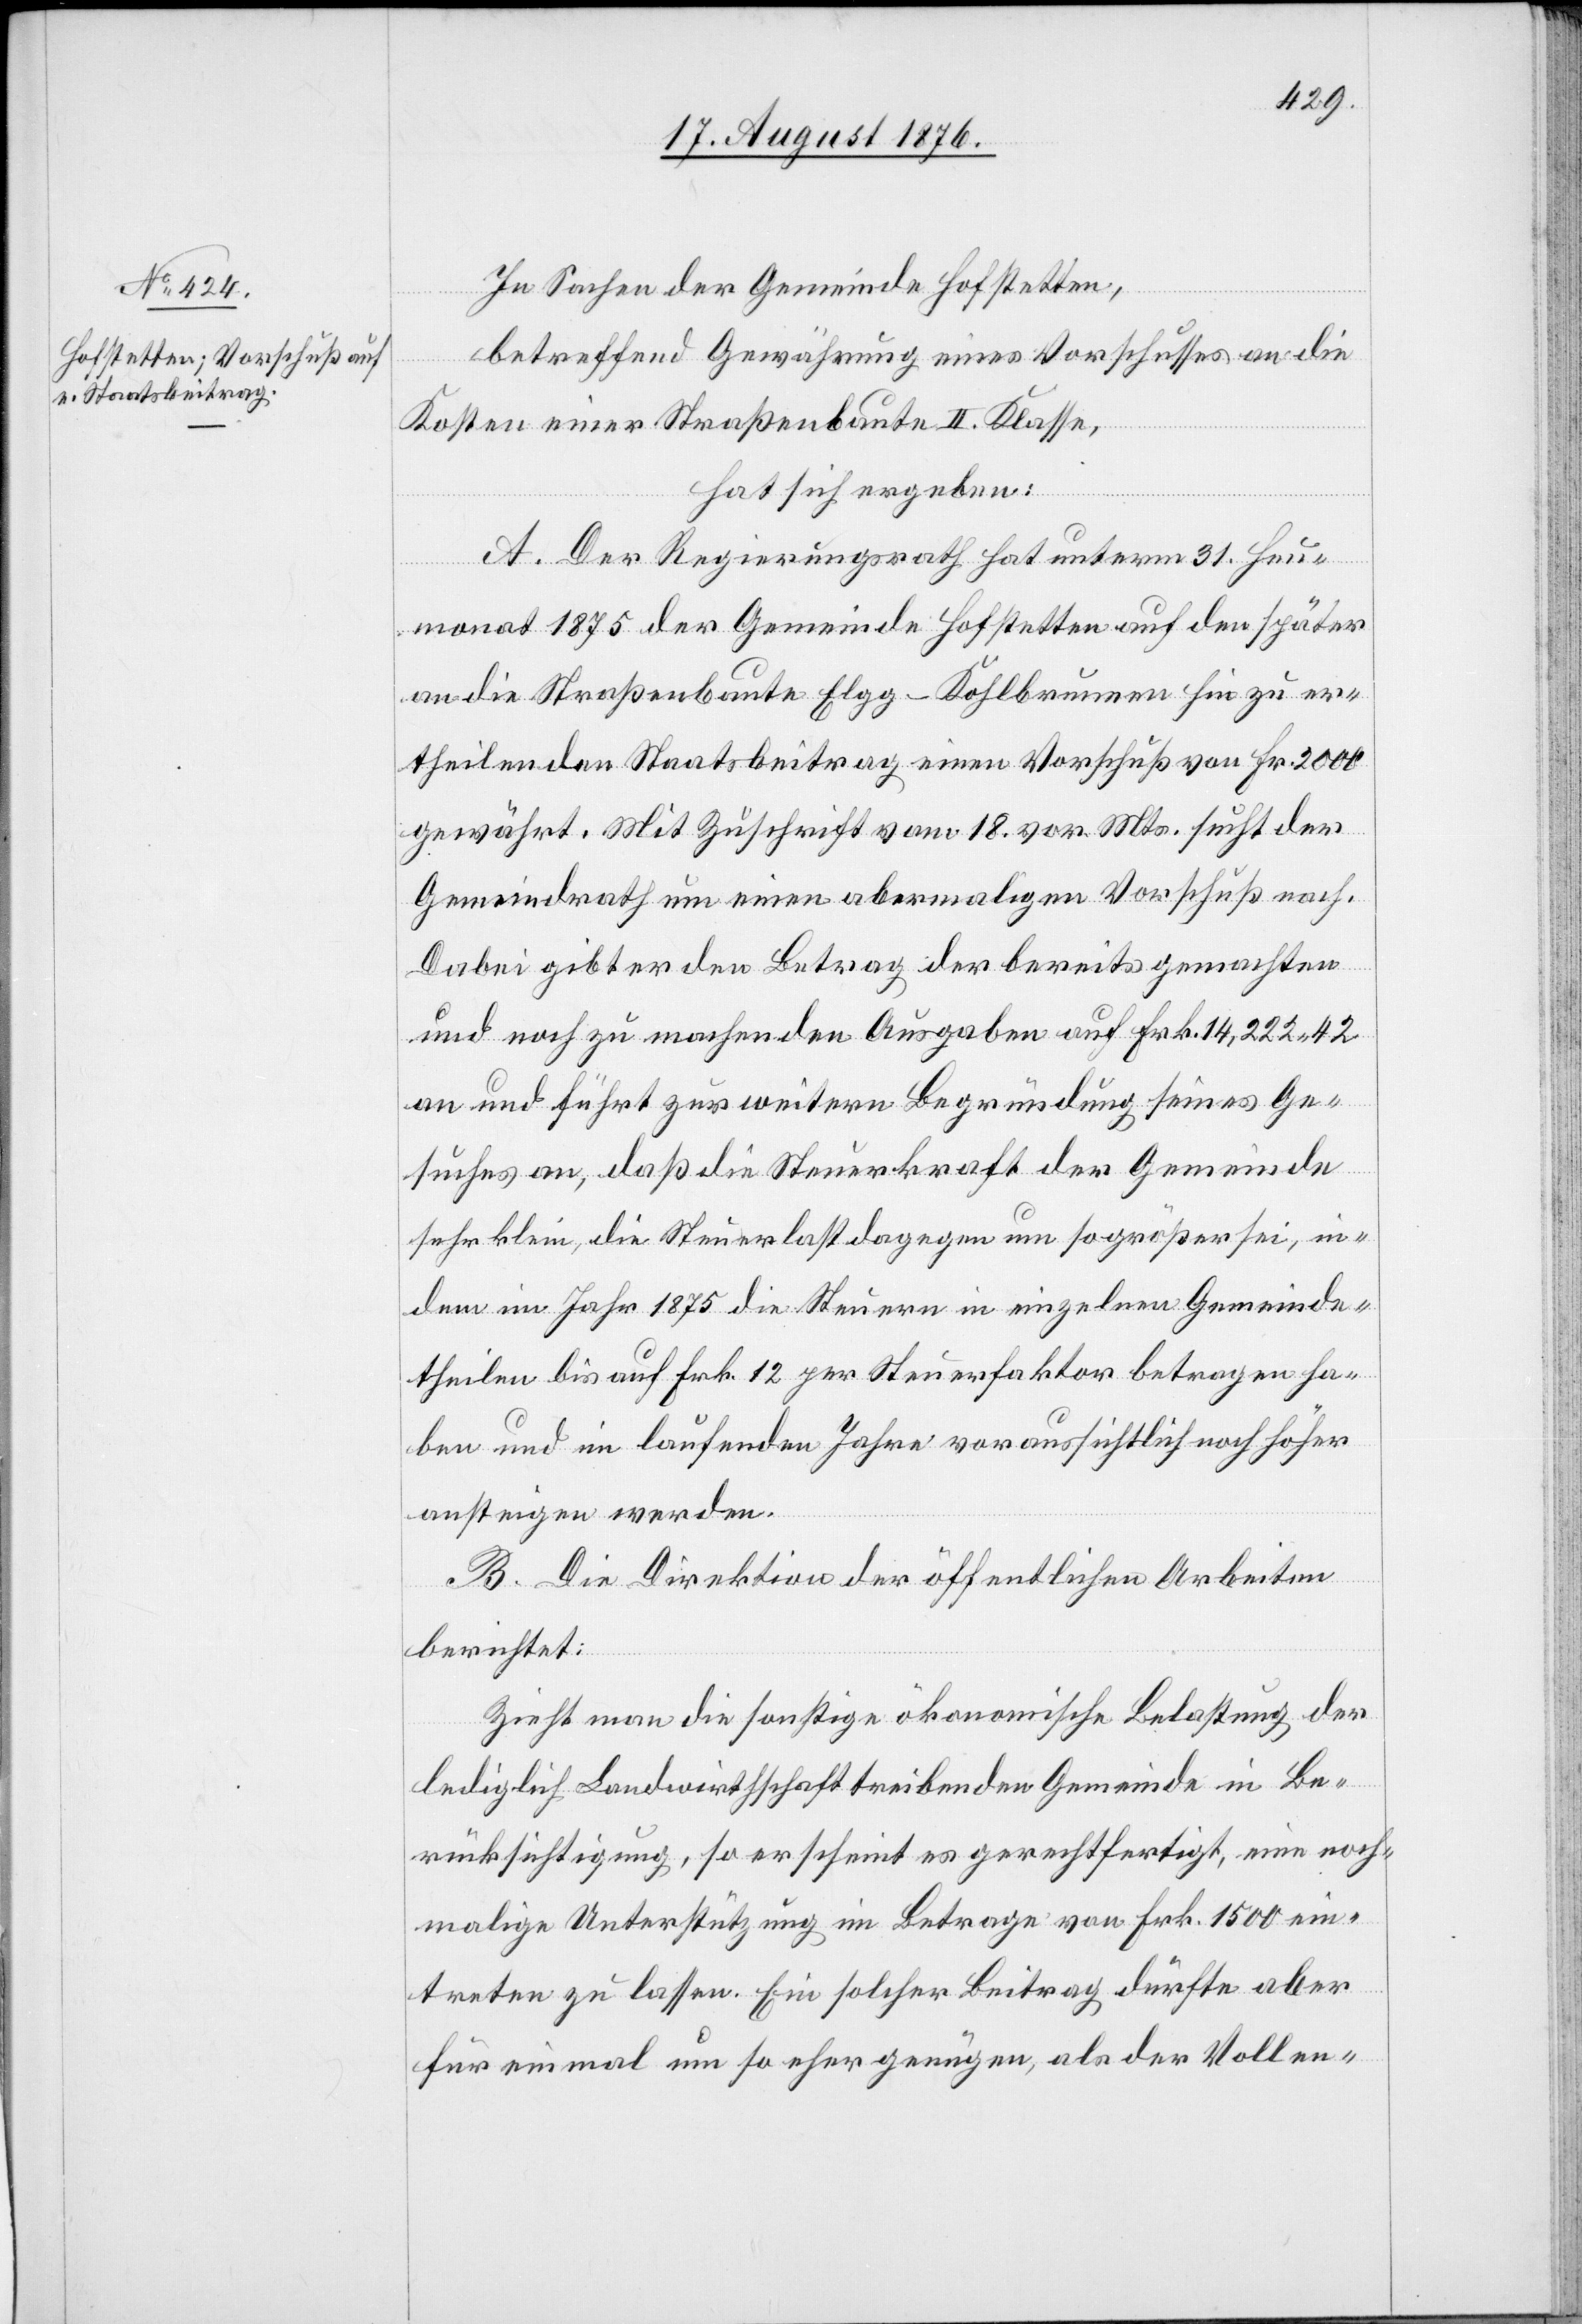
In Sachen der Gemeinde Hofstetten,
betreffend Gewährung eines Vorschusses an die
Kosten einer Straßenbaute II. Klasse,
hat sich ergeben:
A. Der Regierungsrath hat unterm 31. Heu¬
monat 1875 der Gemeinde Hofstetten auf den später
an die Straßenbaute Elgg–Kohlbrunnen hin zu er¬
theilenden Staatsbeitrag einen Vorschuß von Fr. 2000
gewährt. Mit Zuschrift vom 18. vor. Mts. sucht der
Gemeindrath um einen abermaligen Vorschuß Nach.
Dabei gibt er den Betrag der bereits gemachten
und noch zu machenden Ausgaben auf Frk. 14,222 42
an und führt zur weitern Begründung seines Ge¬
suches an, da die Steuerkraft der Gemeinde
sehr klein, die Steuerlast dagegen um so größer sei, in¬
dem im Jahr 1875 die Steuern in einzelnen Gemeinde¬
theilen bis auf Frk. 12 per Steuerfaktor betragen ha¬
ben und im laufenden Jahre voraussichtlich noch höher
ansteigen werden.
B. Die Direktion der öffentlichen Arbeiten
berichtet:
Zieht man die sonstige ökonomische Belastung der
lediglich Landwirtschaft treibenden Gemeinde in Be¬
rücksichtigung, so erscheint es gerechtfertigt, eine noch¬
malige Unterstützung im Betrage von Frk. 1500 ein¬
treten zu lassen. Ein solcher Beitrag dürfte aber
für einmal um so eher genügen, als der Vollen-